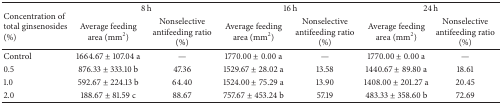
| <ROWSPAN=2> Concentration of total ginsenosides (%) | <COLSPAN=2> 8 h | <COLSPAN=2> 16 h | <COLSPAN=2> 24 h |
 | Average feeding area (mm2) | Nonselective antifeeding ratio (%) | Average feeding area (mm2) | Nonselective antifeeding ratio (%) | Average feeding area (mm2) | Nonselective antifeeding ratio (%) |
 | --- | --- | --- | --- | --- | --- | --- |
 | Control | 1664.67 ± 107.04 a | — | 1770.00 ± 0.00 a | — | 1770.00 ± 0.00 a | — |
 | 0.5 | 876.33 ± 333.10 b | 47.36 | 1529.67 ± 28.02 a | 13.58 | 1440.67 ± 89.80 a | 18.61 |
 | 1.0 | 592.67 ± 224.13 b | 64.40 | 1524.00 ± 75.29 a | 13.90 | 1408.00 ± 201.27 a | 20.45 |
 | 2.0 | 188.67 ± 81.59 c | 88.67 | 757.67 ± 453.24 b | 57.19 | 483.33 ± 358.60 b | 72.69 |